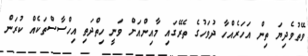
ވޭތުވެދިޔަ ތިން އަހަރެއްހާ ދުވަހުގެ ތެރޭގައި މާއިންއަށް ވަނީ ހިތްދަތި އިހްސާސްތަކެއް ކުރަން